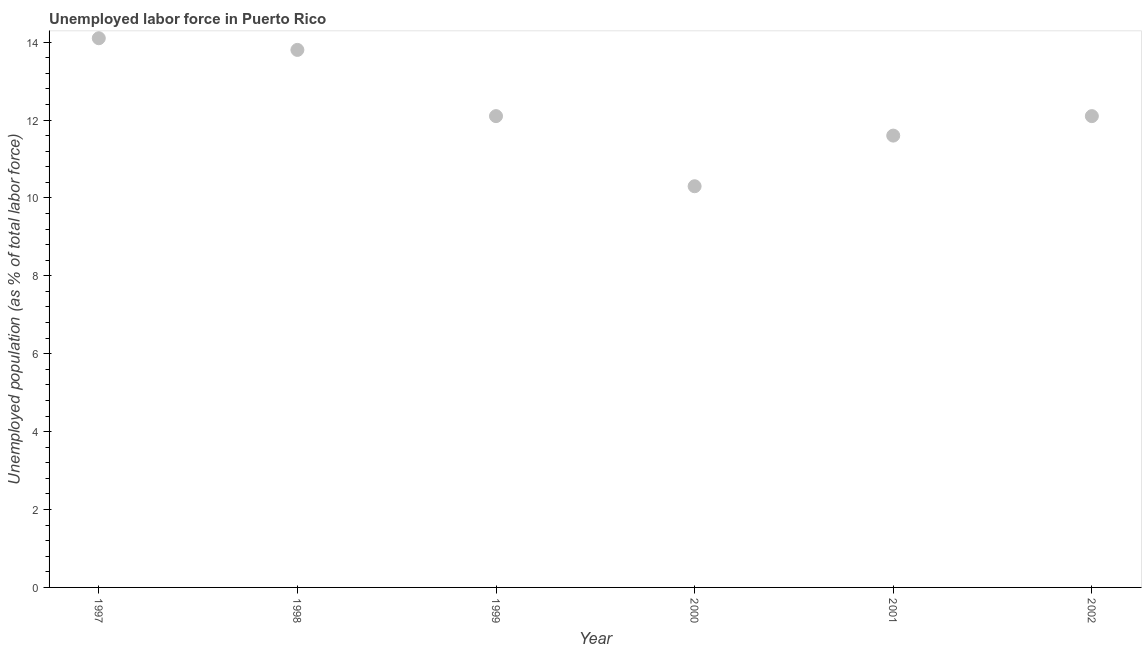
| Year | Unemployment |
 | --- | --- |
 | 1997 | 14.1 |
 | 1998 | 13.8 |
 | 1999 | 12.1 |
 | 2000 | 10.3 |
 | 2001 | 11.6 |
 | 2002 | 12.1 |